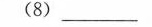
(8) ___